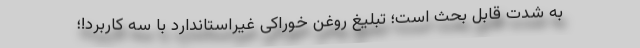
به شدت قابل بحث است؛ تبلیغ روغن خوراکی غیراستاندارد با سه کاربرد!؛